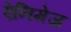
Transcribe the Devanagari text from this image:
ऐनिमेज